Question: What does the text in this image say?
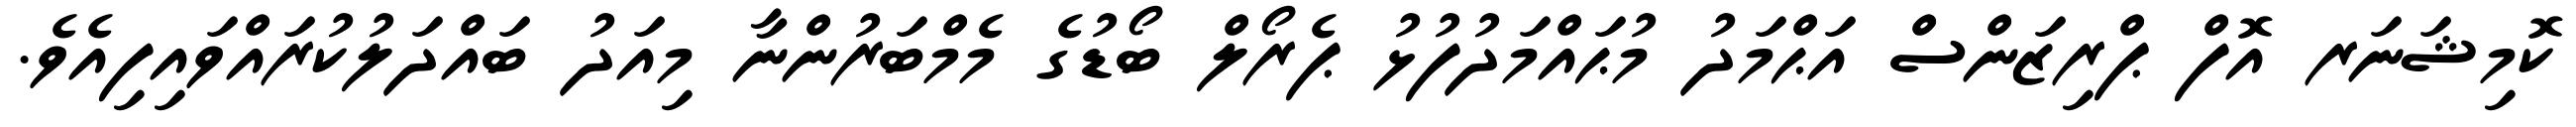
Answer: ކޮމިޝަނަރ އޮފް ޕްރިޒަންސް އަޙްމަދު މުޙައްމަދުފުޅު ޕެރޯލް ބޯޑުގެ މެމްބަރުންނާ މިއަދު ބައްދަލުކުރައްވައިފިއެވެ.